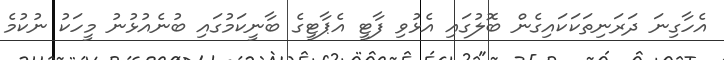
އެހާގިނަ ދަރަނިތަކަކައިގެން ބޮލުގައި އެޅުވި ފާޓީ އެޕާޓީގެ ބާނީކަމުގައި ބުނެއުޅުނު މީހަކު ނުކުމެ